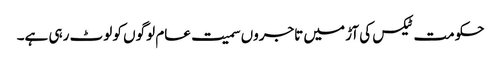
حکومت ٹیکس کی آڑ میں تاجروں سمیت عام لوگوں کو لوٹ رہی ہے۔